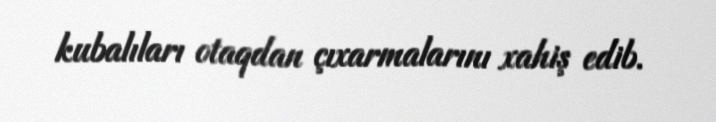
kubalıları otaqdan çıxarmalarını xahiş edib.